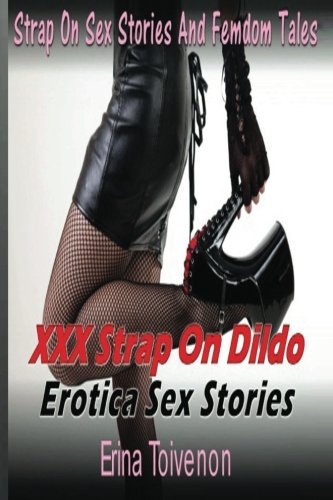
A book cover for Strap On Sex Stories And Femdom Tales: XXX Strap On Dildo Erotica Sex Stories; Erina Toivenon; Romance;